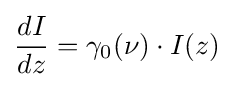
{dI \over dz}=\gamma _{0}(\nu )\cdot I(z)